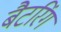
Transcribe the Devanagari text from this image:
बैटरिंग